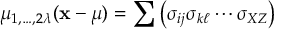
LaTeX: \mu _ { 1 , \dots , 2 \lambda } ( \mathbf { x } - { \boldsymbol { \mu } } ) = \sum \left( \sigma _ { i j } \sigma _ { k \ell } \cdots \sigma _ { X Z } \right)